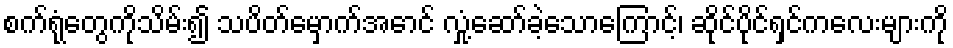
စက်ရုံတွေကိုသိမ်း၍ သပိတ်မှောက်အောင် လှုံ့ဆော်ခဲ့သောကြောင့်၊ ဆိုင်ပိုင်ရှင်ကလေးများကို